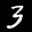
Label: 3